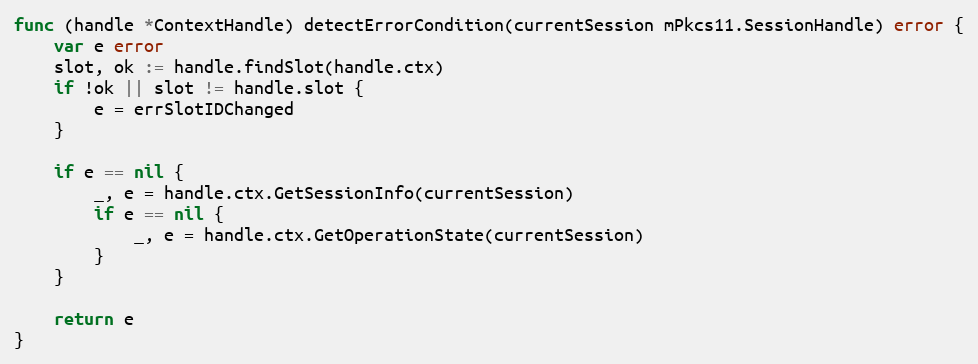
Language: Go
func (handle *ContextHandle) detectErrorCondition(currentSession mPkcs11.SessionHandle) error {
	var e error
	slot, ok := handle.findSlot(handle.ctx)
	if !ok || slot != handle.slot {
		e = errSlotIDChanged
	}

	if e == nil {
		_, e = handle.ctx.GetSessionInfo(currentSession)
		if e == nil {
			_, e = handle.ctx.GetOperationState(currentSession)
		}
	}

	return e
}